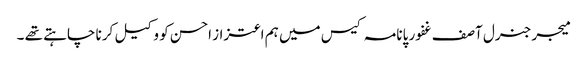
میجر جنرل آصف غفور پانامہ کیس میں ہم اعتزاز احسن کو وکیل کرنا چاہتے تھے ۔